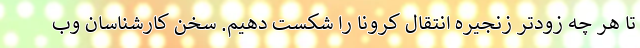
تا هر چه زودتر زنجیره انتقال کرونا را شکست دهیم. سخن کارشناسان وب